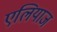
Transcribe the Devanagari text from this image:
एलियाज